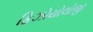
ફિઝોયોલોજી